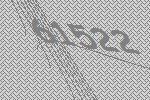
61522